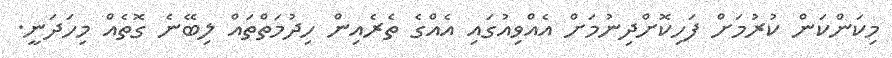
މިކަންކަން ކުރުމަށް ފަހިކޮށްދިނުމަށް އެއްވިއުގައި އެއްގެ ތެރެއިން ހިދުމަތްތައް ލިބޭނެ ގޮތެއް މިހަދަނީ.